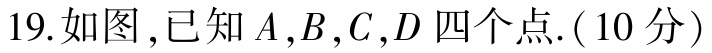
19.如图，已知\(A,B,C,D\)四个点.（10分）